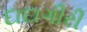
દાદાગીરી